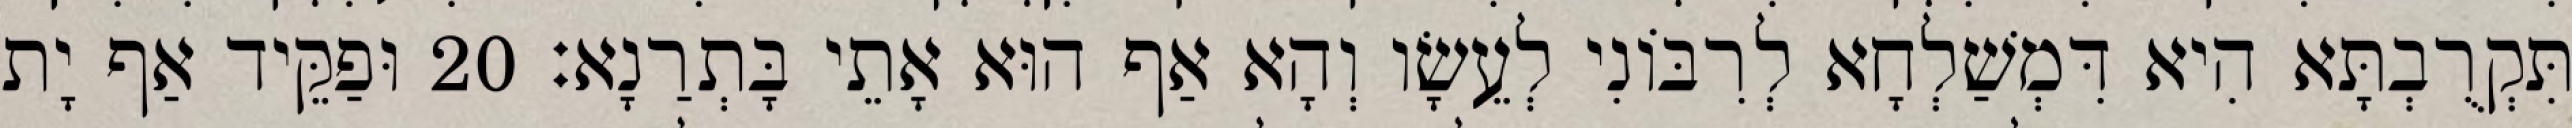
תִּקְרֻבְתָּא הִיא דִּמְשַׁלְחָא לְרִבּוֹנִי לְעֵשָׂו וְהָא אַף הוּא אָתֵי בָּתְרַנָא׃ 20 וּפַקֵּיד אַף יָת